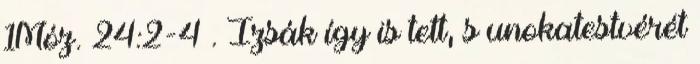
1Móz. 24:2-4 . Izsák így is tett, s unokatestvérét